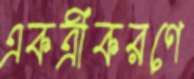
একত্রীকরণে